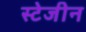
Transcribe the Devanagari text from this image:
स्टेजीन